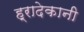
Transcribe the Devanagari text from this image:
ह्रादेकानी